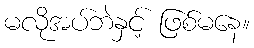
မလိုအပ်ဘဲနှင့် ဖြစ်မနေ။